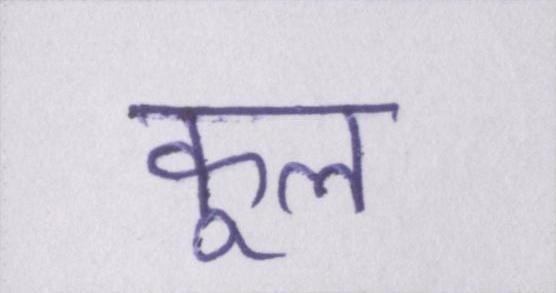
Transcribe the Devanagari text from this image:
कूल